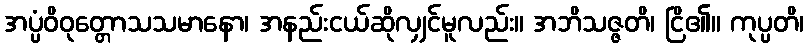
အပ္ပံဝိဝုတ္တောသသမာနော၊ အနည်းငယ်ဆိုလျှင်မူလည်း။ အဘိသဇ္ဇတိ၊ ငြိ၏။ ကုပ္ပတိ၊